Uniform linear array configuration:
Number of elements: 32
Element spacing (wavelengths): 0.25
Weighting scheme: cosine
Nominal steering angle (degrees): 60
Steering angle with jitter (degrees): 58.444
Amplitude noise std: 0.05
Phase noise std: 0.05

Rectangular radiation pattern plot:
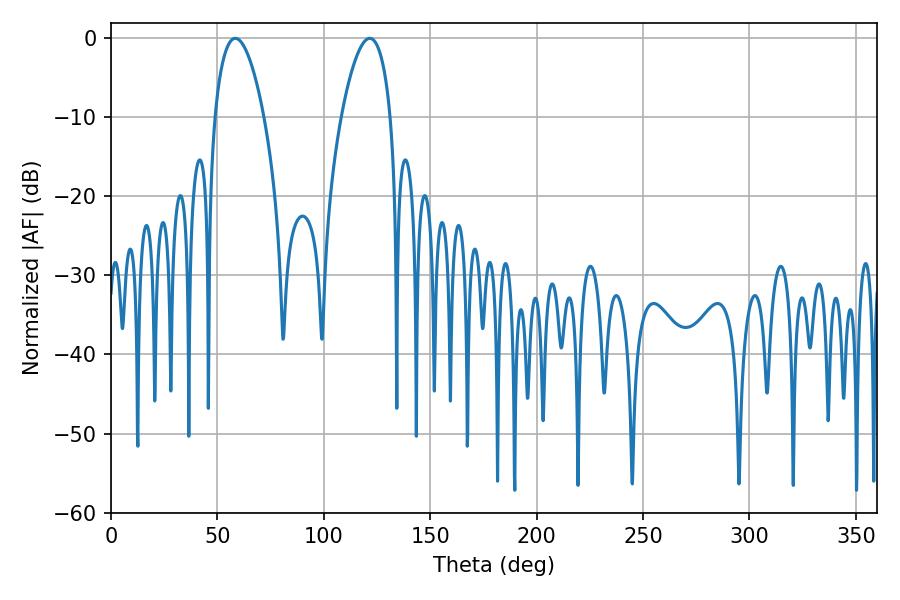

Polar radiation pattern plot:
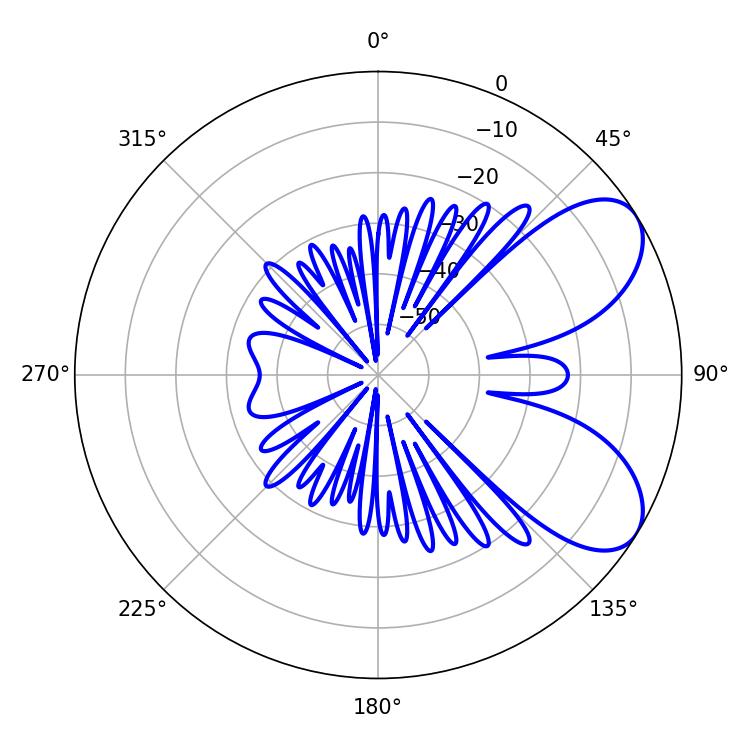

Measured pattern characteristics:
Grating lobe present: FALSE
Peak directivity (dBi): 6.843
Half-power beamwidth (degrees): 12.96
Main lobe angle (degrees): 58.5